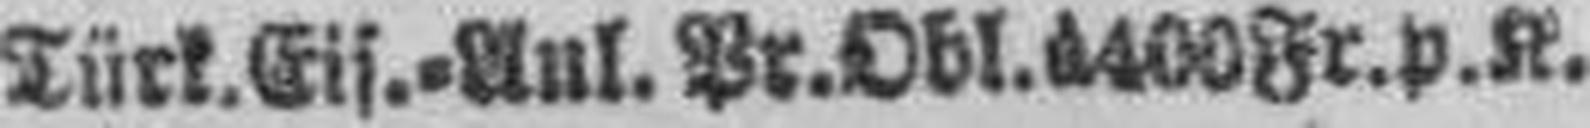
Türk. Eis.=Anl. Pr. Obl. ö 400 Fr. p. K.